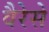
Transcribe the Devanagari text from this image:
वैरेसे